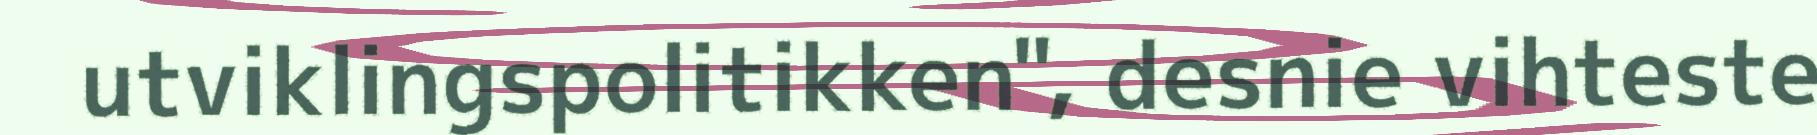
utviklingspolitikken", desnie vihteste